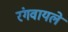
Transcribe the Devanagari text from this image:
रंगवायले